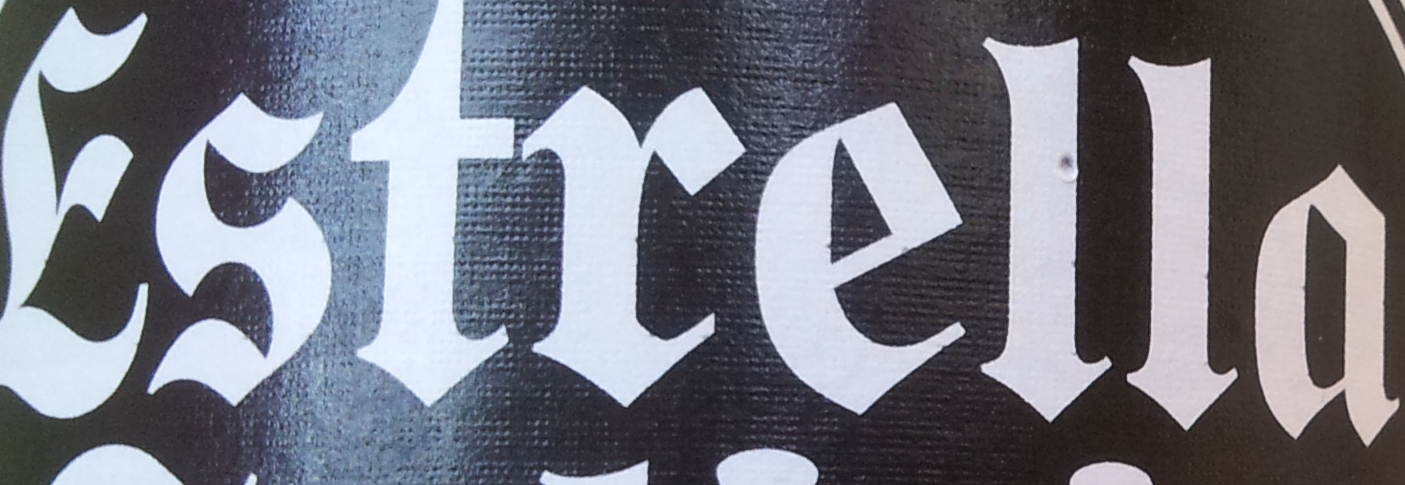
Estrella